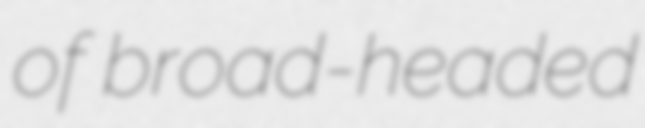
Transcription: of broad-headed